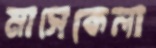
মাসেকেলা